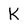
Character: k